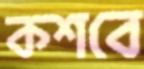
কশবে